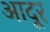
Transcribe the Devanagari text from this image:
आदूर